Vaccination report Assam 1896-1927 - 1896-1927
Year: 1896
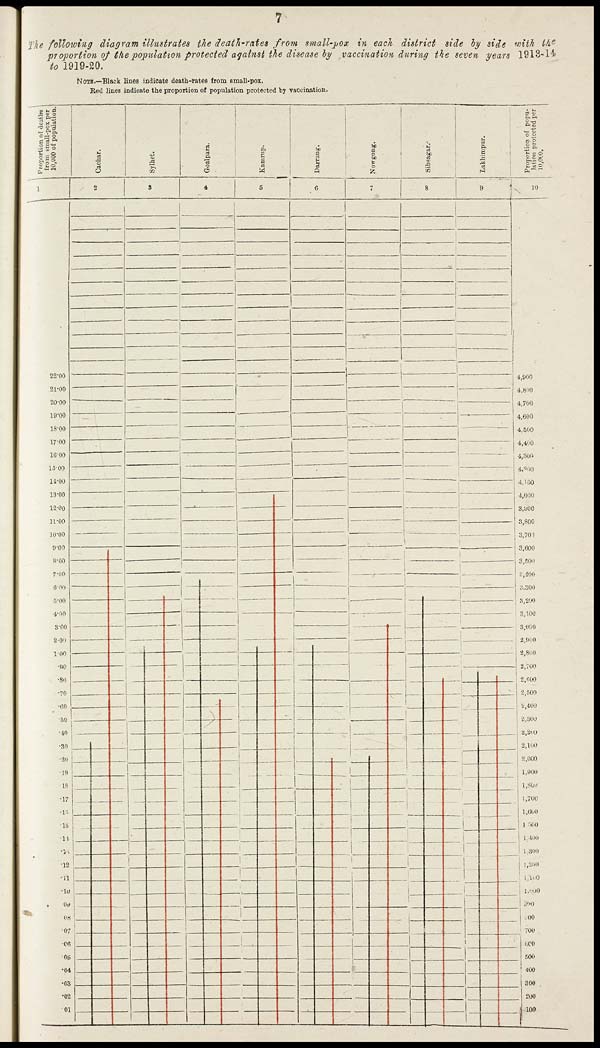
7
The following diagram illustrates the death-rates from small-pox in each district side by side with the
proportion of the population protected against the disease by vaccination during the seven years 1913-14
to 1919-20.
NOTE.—Black lines indicate death-rates from small-pox.
Red lines indicate the proportion of population protected by vaccination.